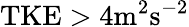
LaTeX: \mathrm{TKE}>4\mathrm{m^{2}s^{-2}}